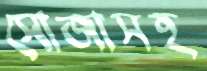
সোজাসহ